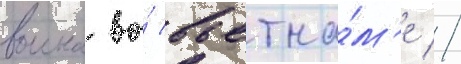
воина во́ вьетна́м'е //